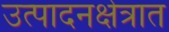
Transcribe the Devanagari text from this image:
उत्पादनक्षेत्रात